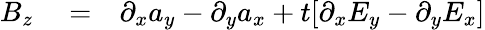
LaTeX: \begin{array}{rlr}{B_{z}}&{{}=}&{\partial_{x}a_{y}-\partial_{y}a_{x}+t[\partial_{x}E_{y}-\partial_{y}E_{x}]}\end{array}